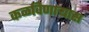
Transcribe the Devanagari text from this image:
कळविणार्‍यास